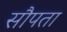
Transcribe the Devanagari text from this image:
सौपता